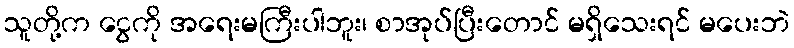
သူတို့က ငွေကို အရေးမကြီးပါဘူး၊ စာအုပ်ပြီးတောင် မရှိသေးရင် မပေးဘဲ